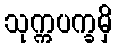
သုက္ကပက္ခမှိ